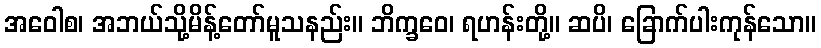
အဝေါစ၊ အဘယ်သို့မိန့်တော်မူသနည်း။ ဘိက္ခဝေ၊ ရဟန်းတို့။ ဆပိ၊ ခြောက်ပါးကုန်သော။